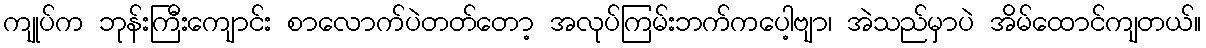
ကျုပ်က ဘုန်းကြီးကျောင်း စာလောက်ပဲတတ်တော့ အလုပ်ကြမ်းဘက်ကပေါ့ဗျာ၊ အဲသည်မှာပဲ အိမ်ထောင်ကျတယ်။